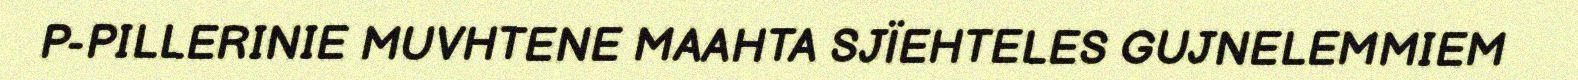
P-PILLERINIE MUVHTENE MAAHTA SJÏEHTELES GUJNELEMMIEM